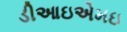
ડીઆઇએમઇ